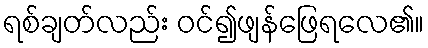
ရစ်ချတ်လည်း ဝင်၍ဖျန်ဖြေရလေ၏။